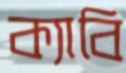
ক্যাবি